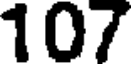
107